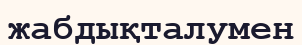
жабдықталумен